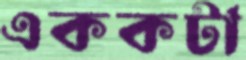
এককটা